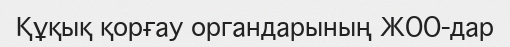
Құқық қорғау органдарының ЖОО-дар